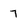
Character: 7